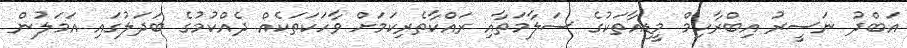
އަބްދު ނަސީރު އިބްރާހިމް މީޑިއާތަކުގެ ސަލާމަތާއި ރައްކާތެރިކަމަށް ވާހަކަތަކެއް ދެއްކުމުގެ ބަދަލުގައި އަމަލުން